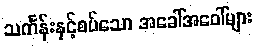
သင်္ကန်းနှင့်စပ်သော အခေါ်အဝေါ်များ